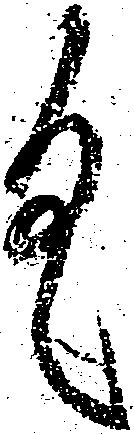
具